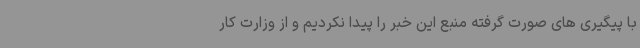
با پیگیری های صورت گرفته منبع این خبر را پیدا نکردیم و از وزارت کار